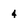
Character: 4